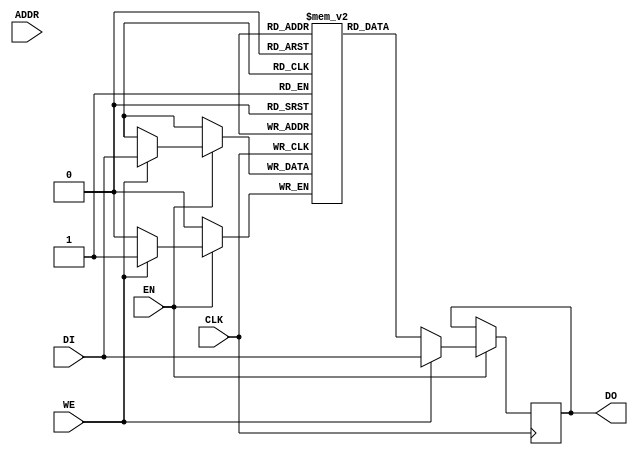

`ifdef BSV_ASSIGNMENT_DELAY
`else
 `define BSV_ASSIGNMENT_DELAY
`endif

// Single-Ported BRAM with byte enables
module BRAM1BE(CLK,
               EN,
               WE,
               ADDR,
               DI,
               DO
              );

   parameter                      PIPELINED  = 0;
   parameter                      ADDR_WIDTH = 1;
   parameter                      DATA_WIDTH = 1;
   parameter                      CHUNKSIZE  = 1;
   parameter                      WE_WIDTH   = 1;
   parameter                      MEMSIZE    = 1;

   input                          CLK;
   input                          EN;
   input [WE_WIDTH-1:0]           WE;
   input [ADDR_WIDTH-1:0]         ADDR;
   input [DATA_WIDTH-1:0]         DI;
   output [DATA_WIDTH-1:0]        DO;

   reg [DATA_WIDTH-1:0]           RAM[0:MEMSIZE-1];
   reg [DATA_WIDTH-1:0]           DO_R;
   reg [DATA_WIDTH-1:0]           DO_R2;


`ifdef BSV_NO_INITIAL_BLOCKS
`else
   // synopsys translate_off
   initial
   begin : init_block
      integer   i;
      for (i = 0; i < MEMSIZE; i = i + 1) begin
         RAM[i] = { ((DATA_WIDTH+1)/2) { 2'b10 } };
      end
      DO_R  = { ((DATA_WIDTH+1)/2) { 2'b10 } };
      DO_R2 = { ((DATA_WIDTH+1)/2) { 2'b10 } };
   end
   // synopsys translate_on
`endif // !`ifdef BSV_NO_INITIAL_BLOCKS

   // iverilog does not support the full verilog-2001 language.  This fixes that for simulation.
`ifdef __ICARUS__
   reg [DATA_WIDTH-1:0]  MASK, IMASK;
   reg [DATA_WIDTH-1:0]  DATA;
   wire [DATA_WIDTH-1:0] DATAwr;

   assign DATAwr = RAM[ADDR] ;

   always @(WE or DI or DATAwr) begin : combo1
      integer j;
      MASK  = 0;
      IMASK = 0;

      for(j = WE_WIDTH-1; j >= 0; j = j - 1) begin
         if (WE[j]) MASK = (MASK << 8) | { { DATA_WIDTH-CHUNKSIZE { 1'b0 } }, { CHUNKSIZE { 1'b1 } } };
         else       MASK = (MASK << 8);
      end
      IMASK = ~MASK;

      DATA = (DATAwr & IMASK) | (DI & MASK);
   end

   always @(posedge CLK) begin
      if (EN) begin
         if (WE) begin
            RAM[ADDR] <= `BSV_ASSIGNMENT_DELAY DATA;
            DO_R      <= `BSV_ASSIGNMENT_DELAY DATA;
         end
         else begin
            DO_R      <= `BSV_ASSIGNMENT_DELAY RAM[ADDR];
         end
      end
   end
`else
   generate
      genvar i;
      for(i = 0; i < WE_WIDTH; i = i + 1) begin: porta_we
         always @(posedge CLK) begin
            if (EN) begin
               if (WE[i]) begin
                  RAM[ADDR][((i+1)*CHUNKSIZE)-1 : i*CHUNKSIZE] <= `BSV_ASSIGNMENT_DELAY DI[((i+1)*CHUNKSIZE)-1 : i*CHUNKSIZE];
                  DO_R[((i+1)*CHUNKSIZE)-1 : i*CHUNKSIZE]      <= `BSV_ASSIGNMENT_DELAY DI[((i+1)*CHUNKSIZE)-1 : i*CHUNKSIZE];
               end
               else begin
                  DO_R[((i+1)*CHUNKSIZE)-1 : i*CHUNKSIZE]      <= `BSV_ASSIGNMENT_DELAY RAM[ADDR][((i+1)*CHUNKSIZE)-1 : i*CHUNKSIZE];
               end
            end
         end
      end      
   endgenerate

`endif // !`ifdef __ICARUS__

   // Output driver
   always @(posedge CLK) begin
      DO_R2 <= `BSV_ASSIGNMENT_DELAY DO_R;
   end
   
   assign DO = (PIPELINED) ? DO_R2 : DO_R;

endmodule // BRAM1BE